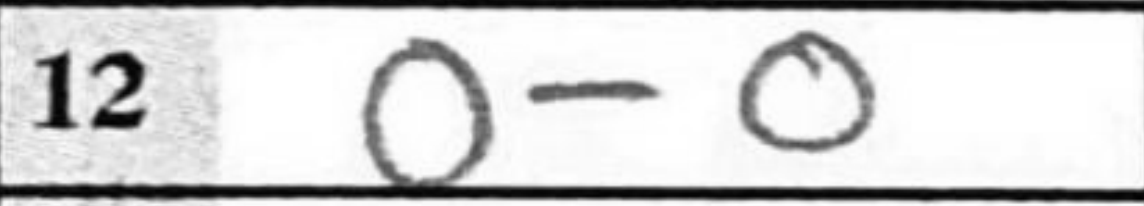
Transcription: O-O